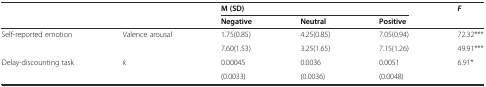
<table><thead><tr><td rowspan="2" colspan="2"></td><td colspan="3"><b>M (SD)</b></td><td rowspan="2"><b><i>F</i></b></td></tr><tr><td><b>Negative</b></td><td><b>Neutral</b></td><td><b>Positive</b></td></tr></thead><tbody><tr><td rowspan="2">Self-reported emotion</td><td rowspan="2">Valence arousal</td><td>1.75(0.85)</td><td>4.25(0.85)</td><td>7.05(0.94)</td><td>72.32***</td></tr><tr><td>7.60(1.53)</td><td>3.25(1.65)</td><td>7.15(1.26)</td><td>49.91***</td></tr><tr><td rowspan="2">Delay-discounting task</td><td rowspan="2"><i>k</i></td><td>0.00045</td><td>0.0036</td><td>0.0051</td><td rowspan="2">6.91*</td></tr><tr><td>(0.0033)</td><td>(0.0036)</td><td>(0.0048)</td></tr></tbody></table>